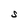
Character: S